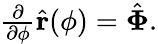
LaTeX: \begin{array}{r}{\frac{\partial}{\partial\phi}\hat{\mathbf r}(\phi)=\hat{\mathbf\Phi}.}\end{array}